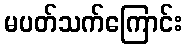
မပတ်သက်ကြောင်း